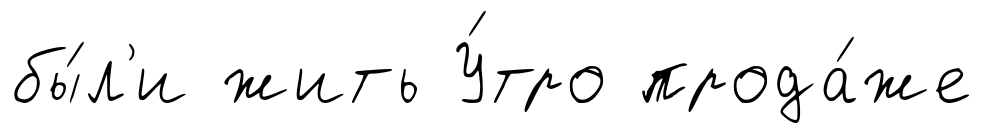
бы́л'и жить У́тро прода́же